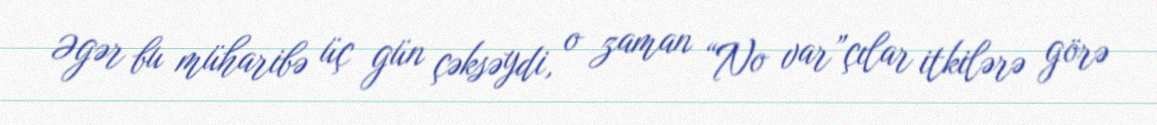
Əgər bu müharibə üç gün çəksəydi, o zaman “No var”çılar itkilərə görə